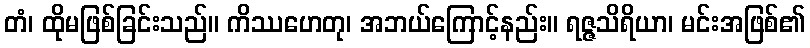
တံ၊ ထိုမဖြစ်ခြင်းသည်။ ကိဿဟေတု၊ အဘယ်ကြောင့်နည်း။ ရဇ္ဇသိရိယာ၊ မင်းအဖြစ်၏